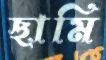
ছামি